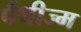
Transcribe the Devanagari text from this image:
पैंथीज्म